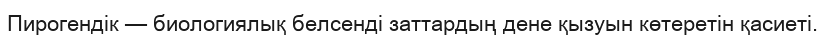
Пирогендік — биологиялық белсенді заттардың дене қызуын көтеретін қасиеті.